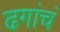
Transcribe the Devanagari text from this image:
ढगांचं